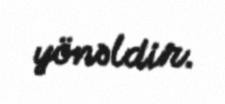
yönəldir.